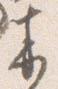
来